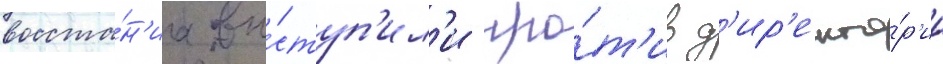
восста́н'иа вы́ступ'ил'и про́т'ив д'ир'екто́р'ии